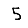
Digit: 5